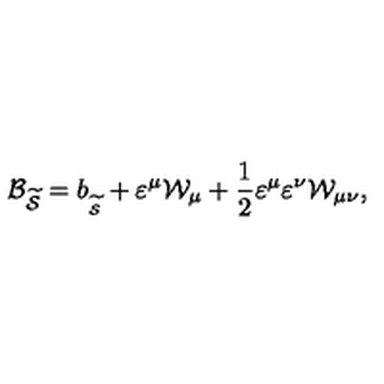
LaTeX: { \cal B } _ { \widetilde { { \cal S } } } = b _ { _ { \widetilde { { \cal S } } } } + \varepsilon ^ { \mu } { \cal W } _ { \mu } + \frac 1 2 \varepsilon ^ { \mu } \varepsilon ^ { \nu } { \cal W } _ { \mu \nu } ,